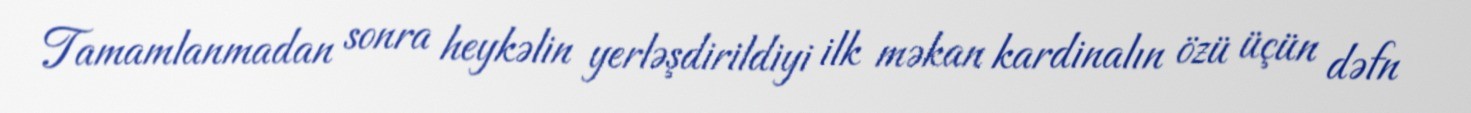
Tamamlanmadan sonra heykəlin yerləşdirildiyi ilk məkan kardinalın özü üçün dəfn